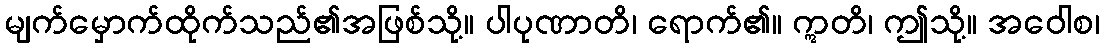
မျက်မှောက်ထိုက်သည်၏အဖြစ်သို့။ ပါပုဏာတိ၊ ရောက်၏။ ဣတိ၊ ဤသို့။ အဝေါစ၊